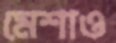
মেশাও